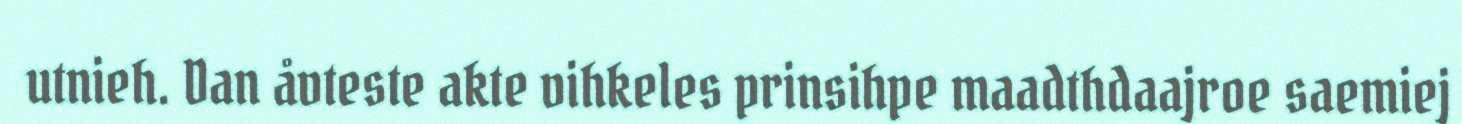
utnieh. Dan åvteste akte vihkeles prinsihpe maadthdaajroe saemiej